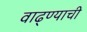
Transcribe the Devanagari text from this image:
वाढ्ण्याची